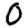
Digit: 0